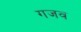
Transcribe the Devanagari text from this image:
गजव